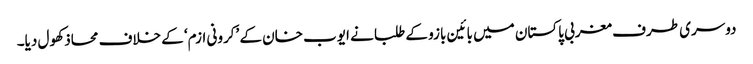
دوسری طرف مغربی پاکستان میں بائین بازو کے طلبا نے ایوب خان کے ’کرونی ازم‘ کے خلاف محاذ کھول دیا۔